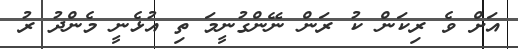
އަށް ވެ ރިކަން ކު ރަން ނޭންގުނީމަ ތި އުޅެނީ މެންދު ރު